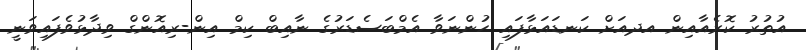
އުތުރު ކޮރެއާއިން އދއަށް ކަނޑައަޅާފައި ހުންނަވާ އެމްބަސެޑަރުގެ ނާއިބް ކިމް އިން-ރިއޮންގް ވިދާޅުވެފައިވަނީ